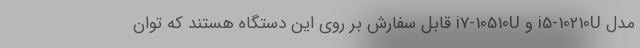
مدل i5-10210U و i7-10510U قابل سفارش بر روی این دستگاه هستند که توان